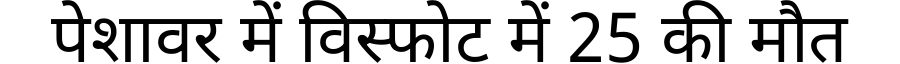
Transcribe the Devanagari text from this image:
पेशावर में विस्फोट में 25 की मौत